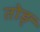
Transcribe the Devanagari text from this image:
तोड़्